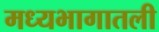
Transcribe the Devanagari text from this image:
मध्यभागातली